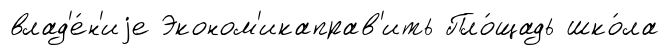
влад'е́н'иjе Эконом'икаправ'ить Пло́щадь шко́ла